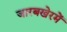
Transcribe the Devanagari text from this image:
जारबखेरमें